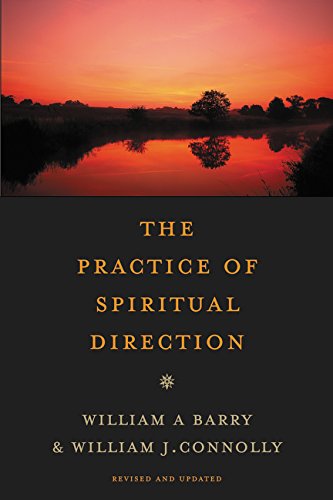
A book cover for The Practice of Spiritual Direction; William A. Barry; Christian Books & Bibles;